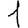
Digit: 1